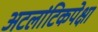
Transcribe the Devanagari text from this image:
अटलांटिकपेक्षा